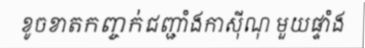
ខូចខាតកញ្ចក់ជញ្ជាំងកាស៊ីណុ មួយផ្ទាំង